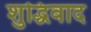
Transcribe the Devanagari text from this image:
शुद्धिवाद